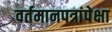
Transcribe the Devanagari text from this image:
वर्तमानपत्रांपेक्षा